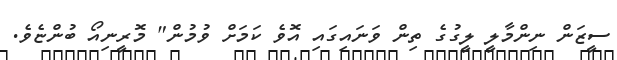
ސީޒަން ނިންމާލީ ލީގުގެ ތިން ވަނައިގައި އޮވެ ކަމަށް ވުމުން" މޮރީނިއޯ ބުންޏެވެ.